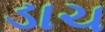
ડાચ